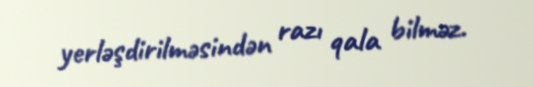
yerləşdirilməsindən razı qala bilməz.